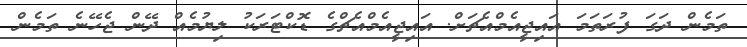
ތަމެން ދަގަ ފުރަތަމަ އައިޖީއެމްއެޗަށް. އައިޖީއެމްއެޗްގެ ޑޮކްޓަރަކު ލިޔުމެއް ދޭން ޖެހޭނެ ތަމެން